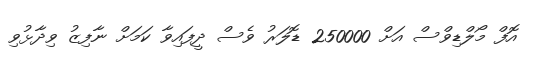
އޮފް މޯލްޑިވްސް އަށް 250000 ޑޮލަރު ވެސް ދީފައިވާ ކަމަށް ނާފިޒު ވިދާޅުވި